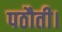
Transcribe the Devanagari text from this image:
पठौती।